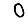
Digit: 0